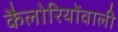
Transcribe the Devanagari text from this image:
कैलोरियोंवाली